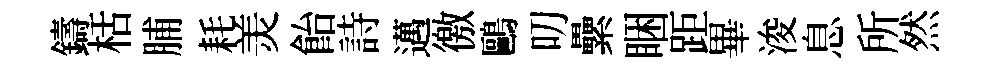
鑄栝脯耗羙飴詩邁徼鷗叨纍睏距畢浚息所然